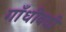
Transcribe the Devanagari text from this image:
गाँधीवदी